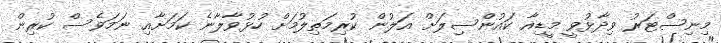
މިނިސްޓަރު ވިދާޅުވީ މީޑިއާ ކައުންސިލަށް އަލުން ކުރިމަތިލުމަށް ހުޅުވާލާނެ ކަމަށާއި ނަމަވެސް ކުރިން